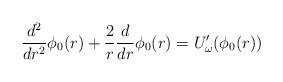
LaTeX: \begin{align*}\frac{d^2}{dr^2} \phi_0(r) + \frac{2}{r} \frac{d}{dr} \phi_0(r) =U_\omega'(\phi_0(r))\end{align*}